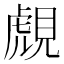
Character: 覤